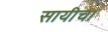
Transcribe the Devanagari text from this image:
सायीचा